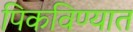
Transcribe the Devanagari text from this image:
पिकविण्यात